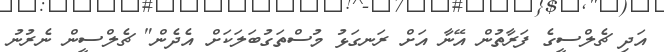
އަދި ޗެލްސީގެ ފަރާތުން އޭނާ އަށް ރަނގަޅު މުސްތަގުބަލަކަށް އެދެން" ޗެލްސީން ނެރުނު